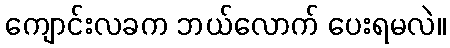
ကျောင်းလခက ဘယ်လောက် ပေးရမလဲ။